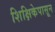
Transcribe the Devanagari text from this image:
शिक्षिकेपासून